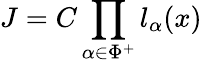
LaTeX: J=C\prod_{\alpha\in\Phi^{+}}l_{\alpha}(x)